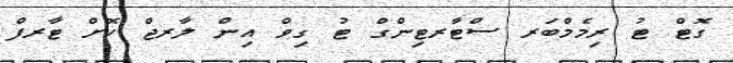
ގޮޓް ޓު ރިމެމްބަރ ސްޓާރޓިންގް ޓު ގިވް އިން ލާރޖް ކޮށް ޓާރފް